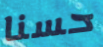
حسنا